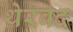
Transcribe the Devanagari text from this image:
थेरवद